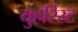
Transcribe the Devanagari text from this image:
युहरिस्ट